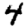
Digit: 4